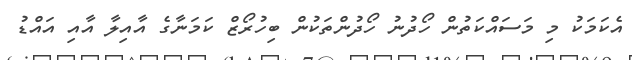
އެކަމަކު މި މަސައްކަތުން ހޯދުނު ހޯދުންތަކުން ބިހުރޯޒް ކަމަނާގެ އާއިލާ އާއި އައްޑު